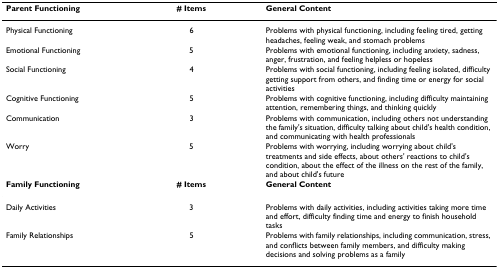
| Parent Functioning | # Items | General Content |
 | --- | --- | --- |
 | Physical Functioning | 6 | Problems with physical functioning, including feeling tired, getting headaches, feeling weak, and stomach problems |
 | Emotional Functioning | 5 | Problems with emotional functioning, including anxiety, sadness, anger, frustration, and feeling helpless or hopeless |
 | Social Functioning | 4 | Problems with social functioning, including feeling isolated, difficulty getting support from others, and finding time or energy for social activities |
 | Cognitive Functioning | 5 | Problems with cognitive functioning, including difficulty maintaining attention, remembering things, and thinking quickly |
 | Communication | 3 | Problems with communication, including others not understanding the family's situation, difficulty talking about child's health condition, and communicating with health professionals |
 | Worry | 5 | Problems with worrying, including worrying about child's treatments and side effects, about others' reactions to child's condition, about the effect of the illness on the rest of the family, and about child's future |
 | Family Functioning | # Items | General Content |
 | Daily Activities | 3 | Problems with daily activities, including activities taking more time and effort, difficulty finding time and energy to finish household tasks |
 | Family Relationships | 5 | Problems with family relationships, including communication, stress, and conflicts between family members, and difficulty making decisions and solving problems as a family |